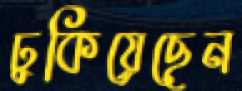
ঢুকিয়েছেন